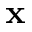
\mathbf { x }